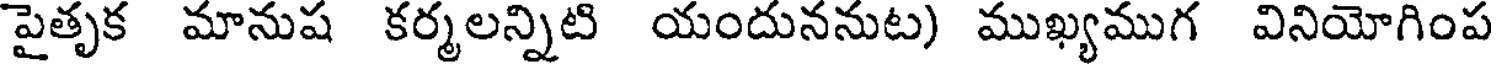
పైతృక మానుష కర్మలన్నిటి యందుననుట) ముఖ్యముగ వినియోగింప